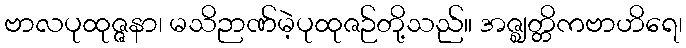
ဗာလပုထုဇ္ဇနာ၊ မသိဉာဏ်မဲ့ပုထုဇဉ်တို့သည်။ အဇ္ဈတ္တိကဗာဟိရေ၊